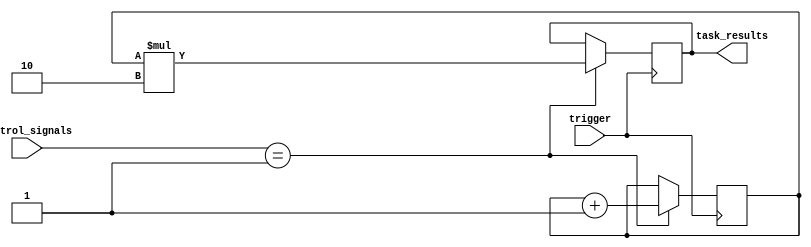
module generate_task (
    input trigger,
    input [7:0] control_signals,
    output reg [15:0] task_results
);

// Internal registers
reg [15:0] task_state;

always @ (posedge trigger) begin
    // Check conditions for task generation
    if (control_signals == 8'b0000_0001) begin
        // Example task generation and execution
        task_state <= task_state + 1;
        task_results <= task_state * 2;
    end
    // Add more conditions for different tasks
    
    // Handle exceptions or errors
    // Add logic here to handle exceptions or errors
end

endmodule